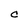
Character: C